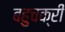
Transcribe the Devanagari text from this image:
बहुचक्री